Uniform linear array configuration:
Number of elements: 48
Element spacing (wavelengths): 0.75
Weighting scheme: hann
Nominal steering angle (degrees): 45
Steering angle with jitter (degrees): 44.299
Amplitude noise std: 0.05
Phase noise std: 0.05

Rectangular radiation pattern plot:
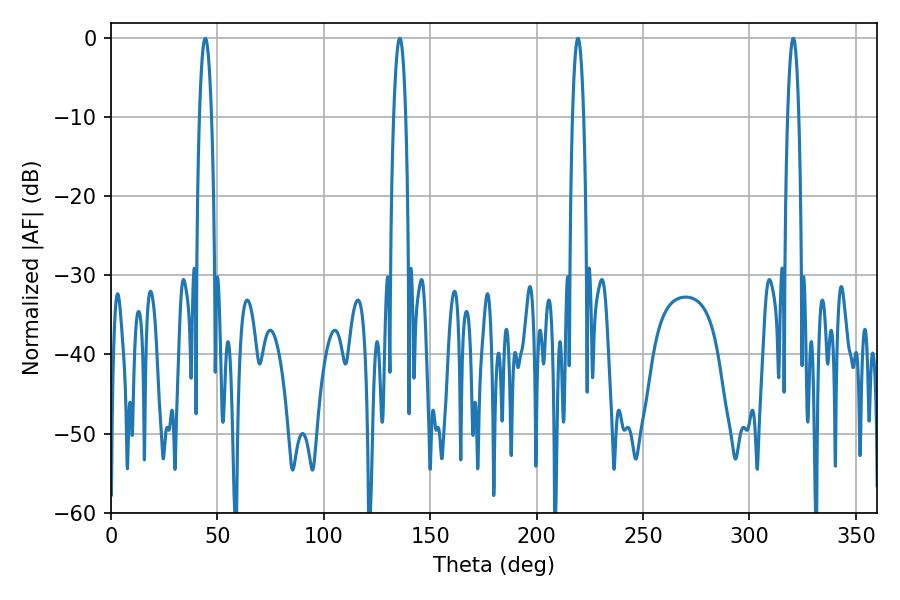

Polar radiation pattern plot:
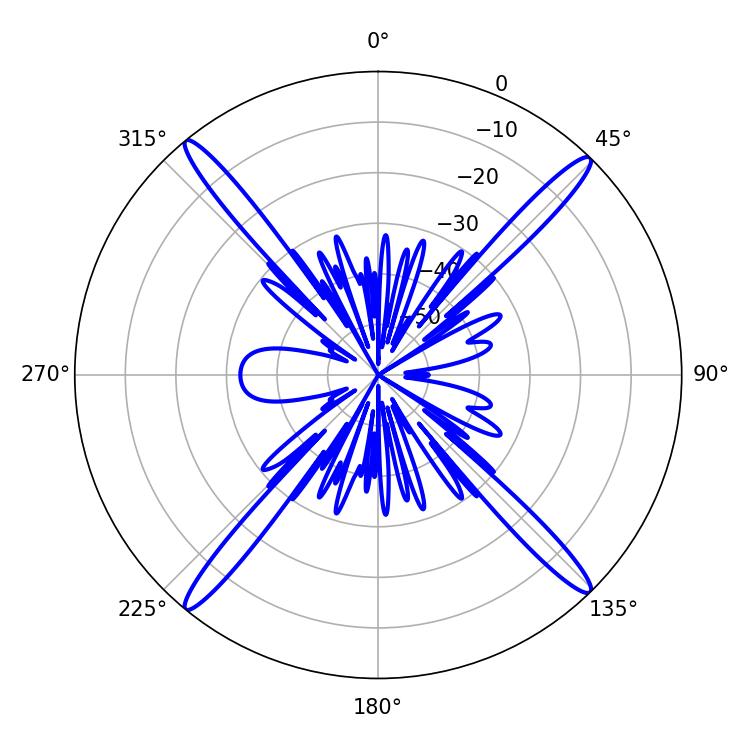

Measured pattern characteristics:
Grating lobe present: TRUE
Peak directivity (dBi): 21.851
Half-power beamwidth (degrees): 2.88
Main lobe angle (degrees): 320.58